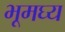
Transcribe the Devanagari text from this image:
भूमघ्य